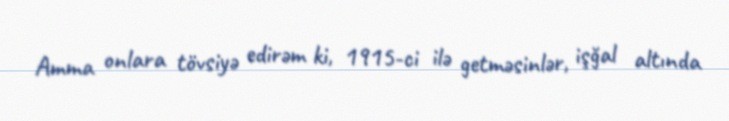
Amma onlara tövsiyə edirəm ki, 1915-ci ilə getməsinlər, işğal altında